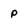
Character: p